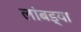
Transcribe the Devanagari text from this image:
लांबड्या